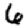
Digit: 6